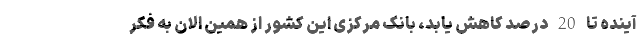
آینده تا 20 درصد کاهش یابد، بانک مرکزی این کشور از همین الان به فکر